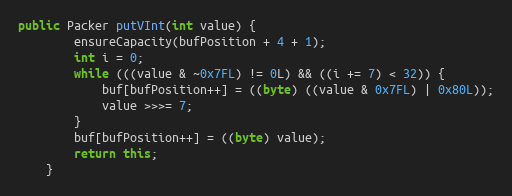
Language: Java
public Packer putVInt(int value) {
		ensureCapacity(bufPosition + 4 + 1);
		int i = 0;
		while (((value & ~0x7FL) != 0L) && ((i += 7) < 32)) {
			buf[bufPosition++] = ((byte) ((value & 0x7FL) | 0x80L));
			value >>>= 7;
		}
		buf[bufPosition++] = ((byte) value);
		return this;
	}